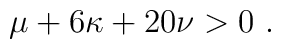
\mu+6\kappa+20\nu>0\ .